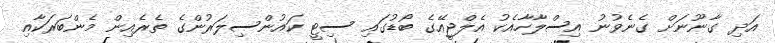
އަދި ގާނޫނަށް ގެނެވުނު އިސްލާހާއެކު އެލްޖީއޭގެ ބޯޑުގައި ސިޓީ ކައުންސިލަރުންގެ ތެރެއިން މެންބަރަކާއި